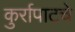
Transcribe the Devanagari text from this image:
कुर्रापाटचे